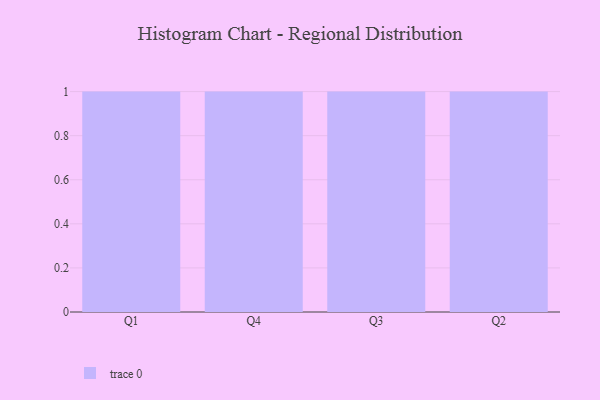
{"axis": {"x": "Quarter", "y": "Active Users"}, "legend": [""], "data": [{"x": "Q1", "y": 22, "type": ""}, {"x": "Q4", "y": 56, "type": ""}, {"x": "Q3", "y": 53, "type": ""}, {"x": "Q2", "y": 54, "type": ""}]}